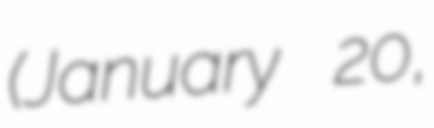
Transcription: (January 20,